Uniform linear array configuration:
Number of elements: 32
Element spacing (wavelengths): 1
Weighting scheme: binomial
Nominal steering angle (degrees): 15
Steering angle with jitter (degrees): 15.571
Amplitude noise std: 0.05
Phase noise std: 0.05

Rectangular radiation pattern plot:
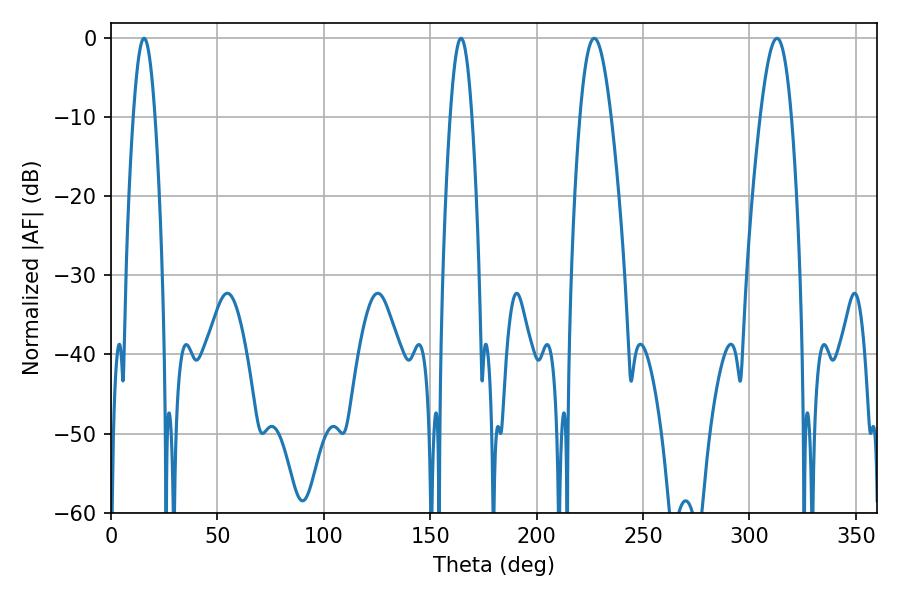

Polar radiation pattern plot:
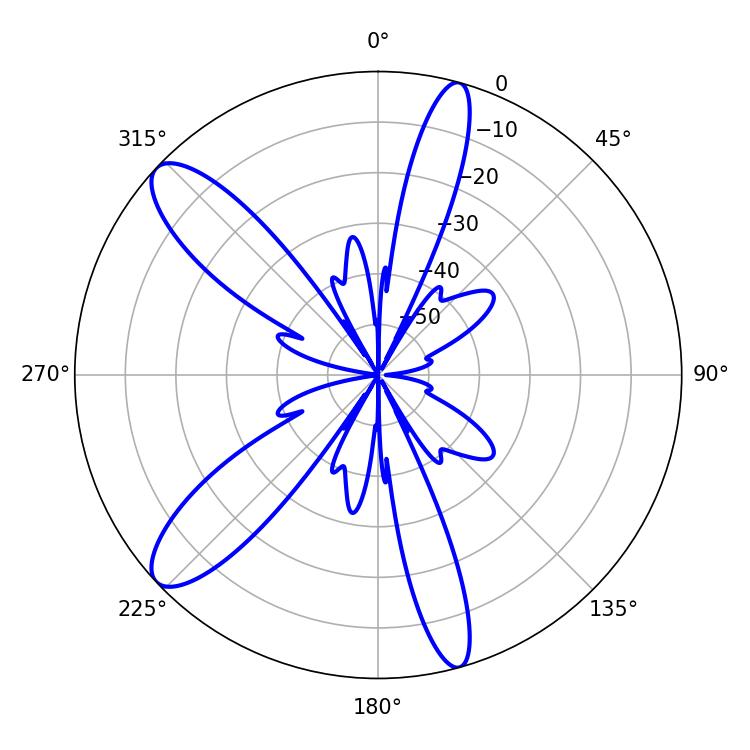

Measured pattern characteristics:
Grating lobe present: TRUE
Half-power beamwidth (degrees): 5.58
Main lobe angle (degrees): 15.48